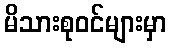
မိသားစုဝင်များမှာ